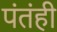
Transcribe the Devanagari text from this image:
पंतंही